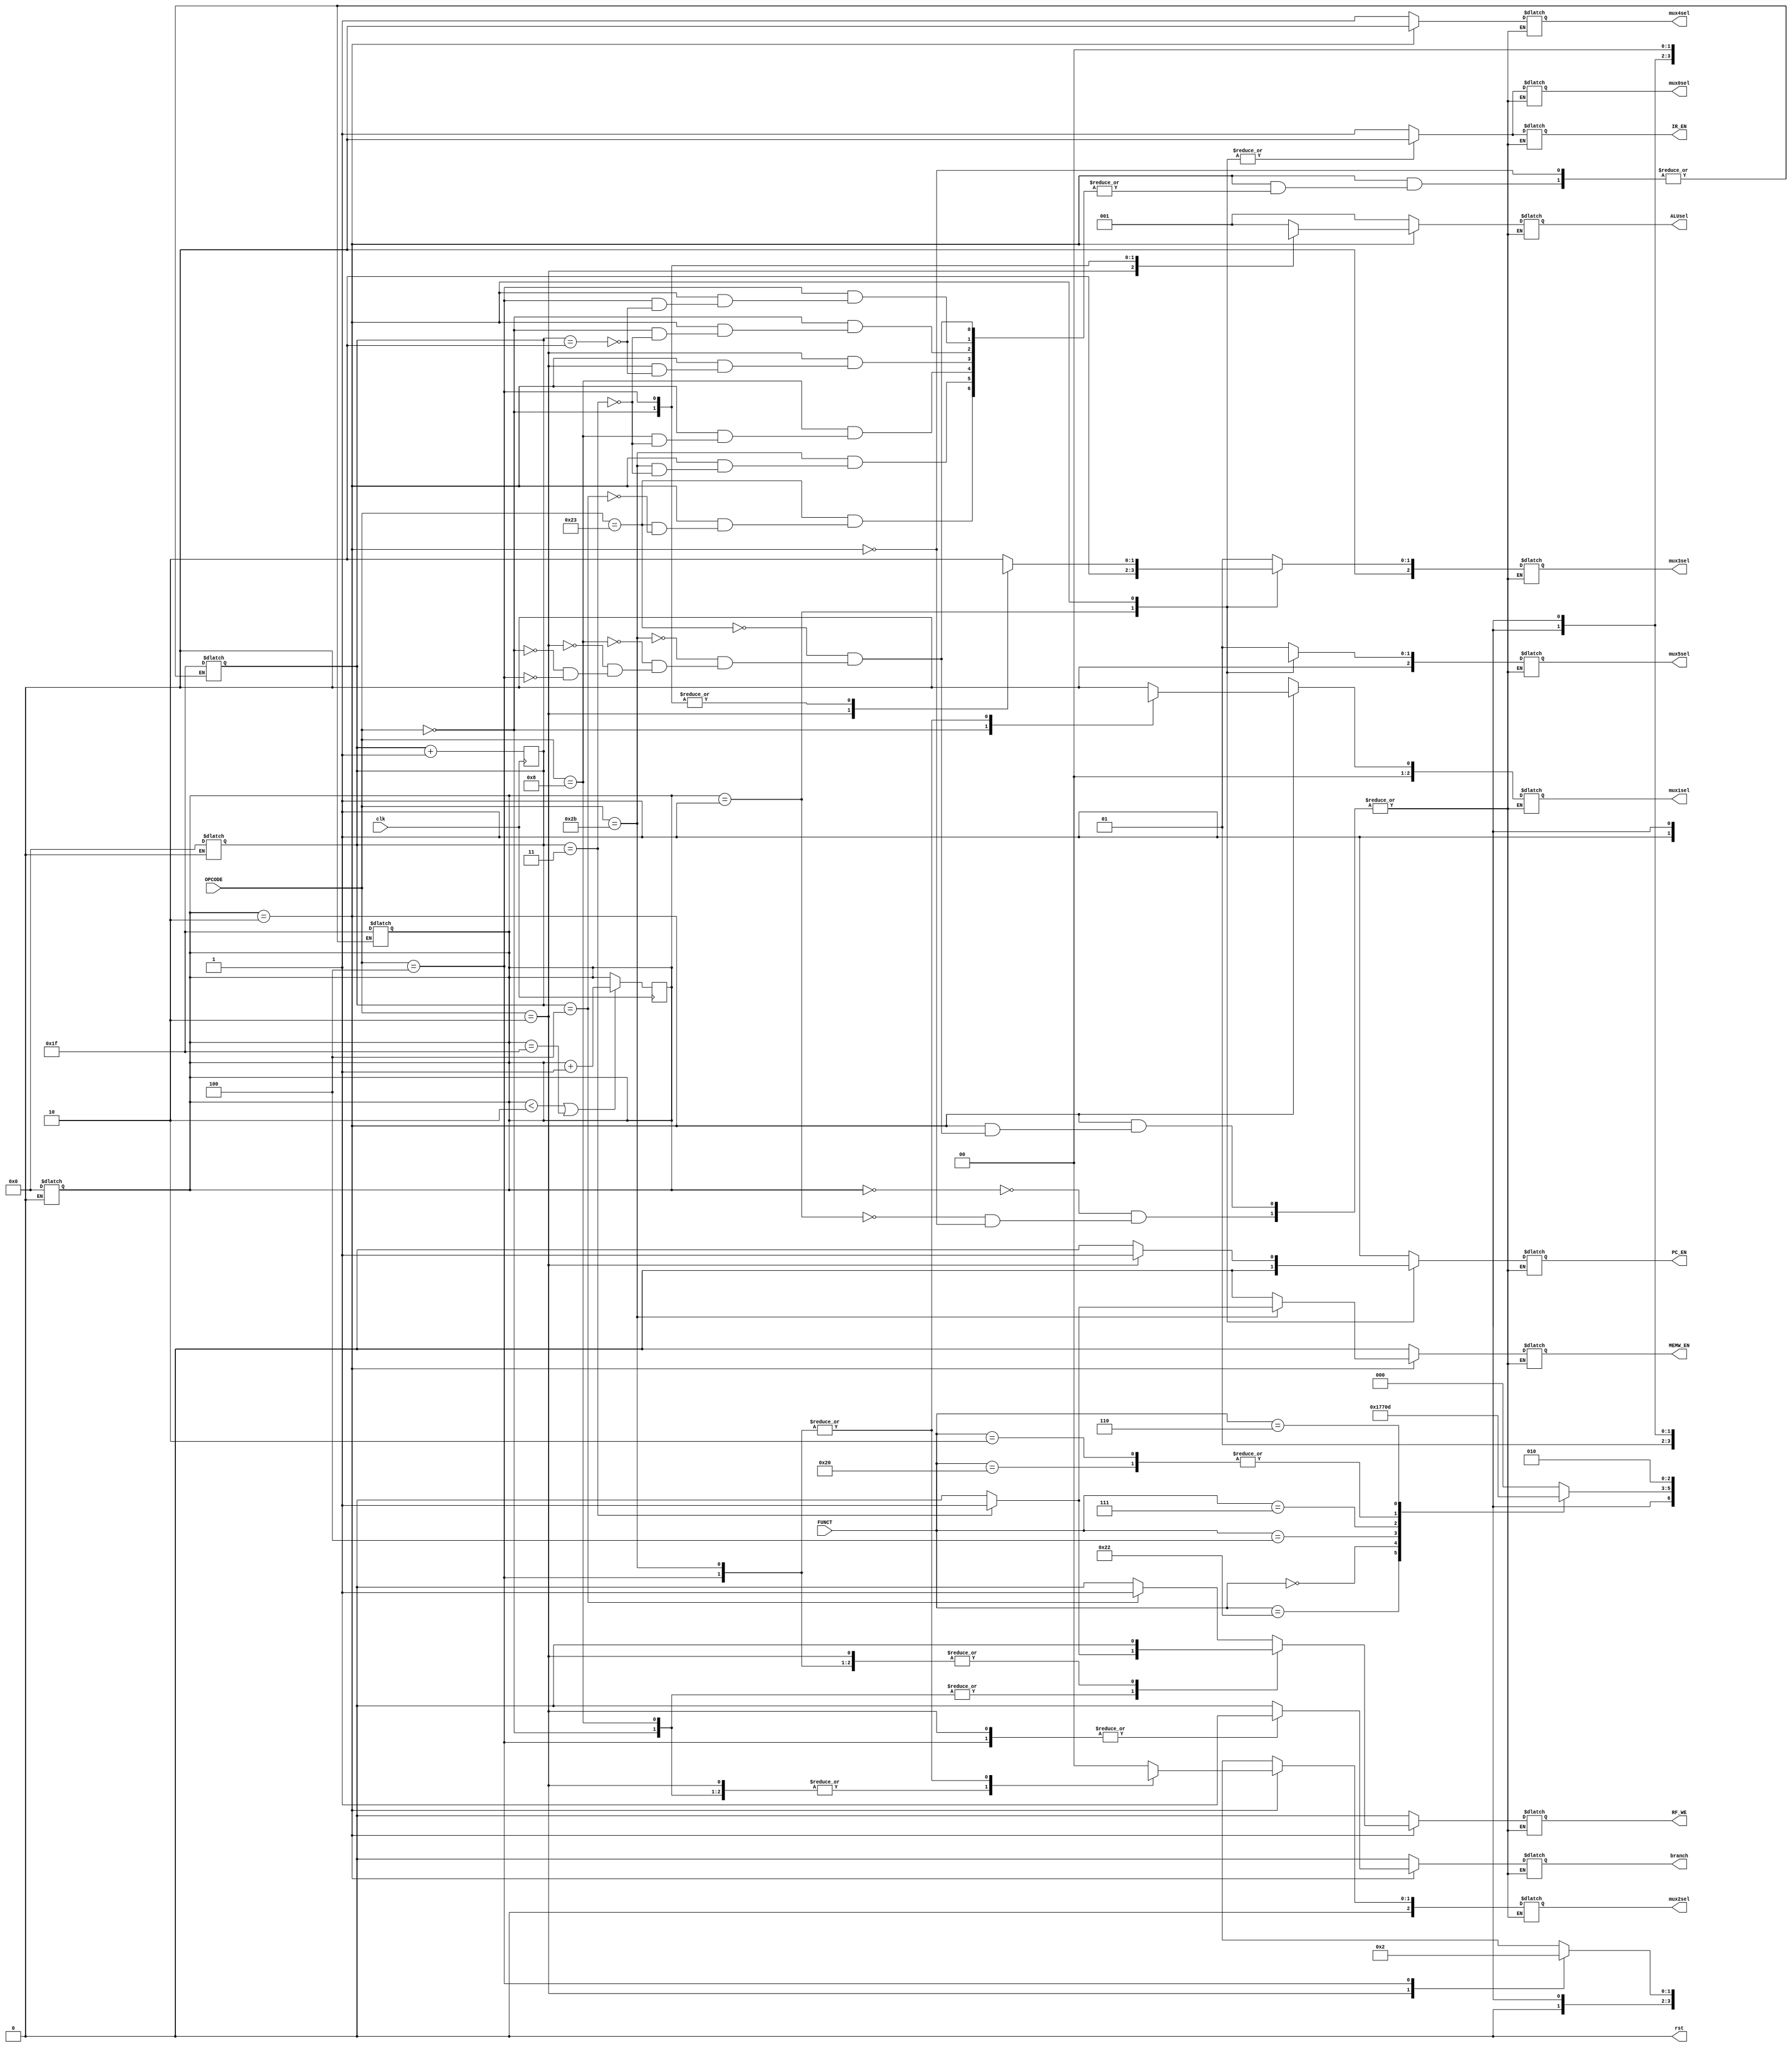
`timescale 1ns / 1ps
//////////////////////////////////////////////////////////////////////////////////
// Company: 
// Engineer: 
// 
// Design Name: 
// Module Name: control_unit
// Project Name: 
// Target Devices: 
// Tool Versions: 
// Description: 
// 
// Dependencies: 
// 
// Revision:
// Revision 0.01 - File Created
// Additional Comments:
// 
//////////////////////////////////////////////////////////////////////////////////


module control_unit
/*** PARAMETERS ***/
#(parameter
    // WL
    DATA_WL     = 32,
    ADDR_RF_WL  = 5,
    ADDR_MEM    = 32,
    IMMED_WL    = 16,
    JUMP_WL     = 26,
    ALU_WL      = 3,
    
    // Local param WL
    OP_WL       = 6,
    FUNCT_WL    = 6,
    
    // OPCODE
    LW          = 6'b100011,
    SW          = 6'b101011,
    ADDI        = 6'b001000,
    JUMP        = 6'b000010,
    R           = 6'b000000,
    BEQ         = 6'b000100,
    BNE         = 6'b000101,
    
    // FUNCT
    ADD         = 6'b100000,
    SUB         = 6'b100010,
    SLL         = 6'b000000,
    SRA         = 6'b000011,
    SRL         = 6'b000010,
    SLLV        = 6'b000100,
    SRAV        = 6'b000111,
    SRLV        = 6'b000110,
    /* TODO implement the bottom two functions if you have time */
    DIV         = 6'B011010,
    
    // ALU
    ALU_IDLE                = 3'b000,
    ALU_LW_SW_ADD_ADDI_PC   = 3'b001,
    ALU_SUB_BRANCH          = 3'b010,
    ALU_SLLV                = 3'b011,
    ALU_SRAV                = 3'b100,
    ALU_SRLV                = 3'b101,
    ALU_MULT                = 3'b110,
    ALU_SLL                 = 3'b111,
    ALU_SRA                 = 4'b1000,
    ALU_SRL                 = 4'b1001
)

/*** IN/OUT ***/
(
    // IN
    input                       clk,
    input [OP_WL - 1 : 0]       OPCODE,
    input [FUNCT_WL - 1 : 0]    FUNCT,
    
    // OUT
    output reg                  mux0sel, // 1 = pc, 0 = alu 
                                mux4sel, // 0 = rfrd1, 1 = pcin
                                branch,
                                PC_EN,
                                MEMW_EN,
                                IR_EN,
                                //DR_EN,
                                RF_WE,
                                
    output reg [2 : 0]          mux1sel, // 0 = rt, 1= rd, 2 = $31
                                mux2sel, // 0 = dmem, 1 = alu, 2 = jal_pc
                                mux3sel, // 0 = rfrd2, 1 = 1, 2 = signed immed
                                mux5sel, // 0 = jaddr, 1 = pc_1, 2 = pc_simm
                                
    output reg [ALU_WL - 1 : 0] ALUsel,
    output reg                  rst
);
    // Local parameters
    localparam  s0  = 0,
                s1  = 1,
                s2  = 2,
                s3  = 3;
    // Registers          
    reg             trigger; // local reset
    reg [4 : 0]     STATE;
    reg [4 : 0]     statecounter0;
    
    initial
    begin
        rst     = 1;
        #10 rst = 0;
    end
    
    // reset
    
    always @(rst)
    begin
        if (rst) 
        begin
            STATE           = 0;
            statecounter0   = 0;
        end
    end

    // we have statecounter and STATE
    always @(posedge clk)
    begin
        if(((STATE < 2) || (STATE == 5'b11111)) && !(rst))
        begin
            STATE <= STATE + 1;
        end
        if(!rst) statecounter0 <= statecounter0 + 1;
        
    end
    
    // FSM
    always @(*)
    begin
        case(STATE)
            s0: //FETCH
            begin
                // bit
                mux0sel     = 1'b1; // choose pc 
                mux4sel     = 1'b1; // choose pc
                // multi bit
                mux1sel     = 1'bx; // passing nothing into regfile
                mux2sel     = 1'bx; // passing nothing into regfile
                mux3sel     = 1'b1; // passing one into alu to pc + 1
                mux5sel     = 1'b1; // passing pc + 1
                // enabler
                branch      = 1'b0; // don't branch HAVE TO PASS A 0
                PC_EN       = 1'b1; // pc = pc + 1
                MEMW_EN     = 1'bx; // reading not writing 
                IR_EN       = 1'b1; // passing inst from mem
                //DR_EN       = 1'bx;
                RF_WE       = 1'bx; // not reading/writing regfile yet
                ALUsel      = ALU_LW_SW_ADD_ADDI_PC;
            end
            s1: //DECODE
            begin
                // bit
                mux0sel     = 1'b0; // choose pc CUZ you are still reading from instruction
                mux4sel     = 1'b1; // if it's branch, will have the jump address by the 3rd clock cycle
                // multi bit
                mux1sel     = 1'bx; // passing nothing into regfile
                mux2sel     = 1'bx; // passing nothing into regfile
                mux3sel     = 2'b10; // if it's branch, will have the jump address by the 3rd clock cycle
                mux5sel     = 1'bx; // passing nothing, it's connected to output of alu
                // enablers
                branch      = 1'b0; // don't branch
                PC_EN       = 1'b0; // don't pass new
                MEMW_EN     = 1'b0; // not writing anything into mem 
                IR_EN       = 1'b0; // don't change inst reg
                //DR_EN       = 1'bx;
                RF_WE       = 1'b0; // not writing anything into regfile 
                ALUsel      = ALU_LW_SW_ADD_ADDI_PC;
            end
            s2: //EXECUTE
            begin
                case(OPCODE)
                    LW:
                    begin
                        // bit
                        mux0sel     = 1'b0; // choose pc CUZ you are still ready from instruction
                        mux4sel     = 1'b0; // calc effective address
                        mux1sel     = 1'b0; // write address at Rt
                        // multi bit
                        mux2sel     = 2'b00; // passing data from mem
                        mux3sel     = 2'b10; // passing efffective address
                        mux5sel     = 1'bx; // passing nothing, it's connected to output of alu
                        // enablers
                        branch      = 1'b0; // don't branch
                        PC_EN       = 1'b0; // don't pass new
                        MEMW_EN     = 1'b0; // not writing anything into mem 
                        IR_EN       = 1'b0; // still reading current instruction 
                        //DR_EN       = 1'b1;
                         
                        // alu
                        ALUsel      = ALU_LW_SW_ADD_ADDI_PC;
                        
                        if(statecounter0 == 4)// Check your logic here
                        begin
                            // setting state to -1 because STATE and statecounter0 is being driven by the outside always block
                            STATE           = s0 - 1; // go back to fetch
                            statecounter0   = -1;
                            RF_WE           = 1;
                        end
                        else RF_WE          = 1'b0; // not writing anything into regfile
                    end
                    SW:
                    begin
                        // bit
                        mux0sel     = 1'b0; // alu output
                        mux4sel     = 1'b0; // base address
                        mux1sel     = 1'bx; // not writing into reg file
                        // multi bit
                        mux2sel     = 2'bxx; // writing nothing into regfile
                        mux3sel     = 2'b10; // 
                        mux5sel     = 1'bx; //
                        // enablers
                        branch      = 1'b0; // 
                        PC_EN       = 1'b0; // 
                         
                        IR_EN       = 1'bx; // 
                        //DR_EN       = 1'b1;
                        RF_WE       = 1'b0; // 
                        // alu
                        ALUsel      = ALU_LW_SW_ADD_ADDI_PC;
                        
                        if(statecounter0 == 3)// Check your logic here.  One less than lw
                        begin
                            STATE           = s0 - 1; // go back to fetch
                            statecounter0   = -1;
                            MEMW_EN         = 1'b1;
                        end
                        else MEMW_EN     = 1'b0; //don't write until the last clock cycle, or else you'll write random data
                    end
                    ADDI:
                    begin
                        // bit
                        mux0sel     = 1'bx; // 
                        mux4sel     = 1'b0; // 
                        mux1sel     = 1'b0; // 
                        // multi bit
                        mux2sel     = 2'b01; // 
                        mux3sel     = 2'b10; // 
                        mux5sel     = 1'bx; //
                        // enablers
                        branch      = 1'b0; // 
                        PC_EN       = 1'b0; // 
                        MEMW_EN     = 1'b0; // 
                        IR_EN       = 1'bx; // 
                        //DR_EN       = 1'b1;
                        
                        // alu
                        ALUsel      = ALU_LW_SW_ADD_ADDI_PC;
                        
                        if(statecounter0 == 3)// Check your logic here.  One less than lw
                        begin
                            STATE           = s0 - 1; // go back to fetch
                            statecounter0   = -1;
                            RF_WE       = 1'b1; // 
                        end
                        else RF_WE       = 1'b0; // 
                    end
                    JUMP: //might be problematic
                    begin
                        // bit
                        mux0sel     = 1'b0; // 
                        mux4sel     = 1'bx; // 
                        mux1sel     = 1'b0; // 
                        // multi bit
                        mux2sel     = 2'b01; // 
                        mux3sel     = 2'bxx; // 
                        mux5sel     = 1'b0; //
                        // enablers
                        branch      = 1'b1; // 
                        PC_EN       = 1'b1; // refer to the book
                        MEMW_EN     = 1'b0; // 
                        IR_EN       = 1'bx; // 
                        //DR_EN       = 1'b1;
                        RF_WE       = 1'b0; // 
                        // alu
                        ALUsel      = 1'bx; //alu does nothing
                        
                        if(statecounter0 == 2)// Check your logic here
                        begin
                            STATE           = s0 - 1; // go back to fetch
                            statecounter0   = -1;
                        end
                    end
                    R: //
                    begin
                        // bit
                        mux0sel     = 1'bx; // 
                        mux4sel     = 1'b0; // 
                        mux1sel     = 1'b1; // 
                        // multi bit
                        mux2sel     = 2'b01; // 
                        mux3sel     = 2'b00; // 
                        mux5sel     = 1'bx; //
                        // enablers
                        branch      = 1'b0; // 
                        PC_EN       = 1'b0; // refer to the book
                        MEMW_EN     = 1'b0; // 
                        IR_EN       = 1'bx; // 
                        //DR_EN       = 1'b1;
                        
                        /*** FUNCT SELECTS ***/
                        case(FUNCT)
                            ADD:
                            begin
                               ALUsel = ALU_LW_SW_ADD_ADDI_PC;
                            end
                            SUB:
                            begin
                               ALUsel = ALU_SUB_BRANCH;
                            end
                            SLL:
                            begin
                               ALUsel = ALU_SLL;
                            end
                            SLLV:
                            begin
                               ALUsel = ALU_SLLV;
                            end
                            SRA:
                            begin
                               ALUsel = ALU_SRA;
                            end
                            SRAV:
                            begin
                               ALUsel = ALU_SRAV;
                            end
                            SRL:
                            begin
                               ALUsel = ALU_SRL;
                            end
                            SRLV:
                            begin
                               ALUsel = ALU_SRLV;
                            end  
                        default ALUsel = ALU_IDLE;
                        endcase
                        
                        // keeping count out of case statement.  Still the same as if I put this in each case.  saving space
                        if(statecounter0 == 3)// Check your logic here
                        begin
                            STATE           = s0 - 1; // go back to fetch
                            statecounter0   = -1;
                            RF_WE           = 1'b1; // good to write
                        end
                        else RF_WE          = 1'b0; // don't write until you reach the end of the inst
                    end
                    BEQ:
                    begin
                        // bit
                        mux0sel     = 1'bx; // not accessing memory
                        mux4sel     = 1'b0; // comparing rs and rt 
                        mux1sel     = 1'bx; // 
                        // multi bit
                        mux2sel     = 2'bxx; // passing data from mem
                        mux3sel     = 2'b00; // comparing rs and rt 
                        mux5sel     = 2'b10; // passing pc+simm to pc IFF zero flag is true
                        // enablers
                        branch      = 1'b1; // don't branch
                        PC_EN       = 1'b0; // don't pass new
                        MEMW_EN     = 1'b0; // not writing anything into mem 
                        IR_EN       = 1'b0; // still reading current instruction 
                        //DR_EN       = 1'b1;
                        RF_WE       = 1'b0; // not writing anything into regfile 
                        // alu
                        ALUsel      = ALU_SUB_BRANCH;
                        
                        if(statecounter0 == 2)// Check your logic here
                        begin
                            STATE           = s0 - 1; // go back to fetch
                            statecounter0   = -1;
                        end
                    end
                    //BNE: TODO implement.  activate zeroflag IFF rt - rs != 0
                endcase
            end
            //default trigger = 0;
        endcase
    end
endmodule